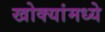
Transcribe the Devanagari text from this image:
खोक्यांमध्ये